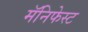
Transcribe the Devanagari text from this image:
मॅनिफेस्ट